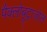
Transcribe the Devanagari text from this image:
पैक्लोबूट्राज़ोल